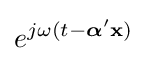
e^{j\omega (t-{\boldsymbol {\alpha }}'\mathbf {x} )}